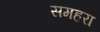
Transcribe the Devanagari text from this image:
समहरा